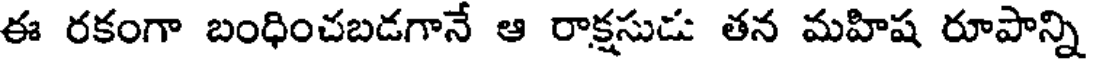
ఈ రకంగా బంధించబడగానే ఆ రాక్షసుడ తన మహిష రూపాన్ని